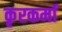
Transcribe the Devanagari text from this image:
कृरकर्मा